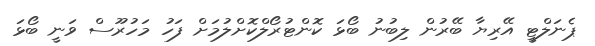
ޕެނަލްޓީ އޭރިޔާ ބޭރުން ލިބުނު ބޯޅަ ކޮންޓުރޯލްކޮށްލުމަށް ފަހު މަހުރޫސް ވަނީ ބޯޅަ